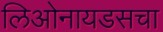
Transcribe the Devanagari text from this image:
लिओनायडसचा